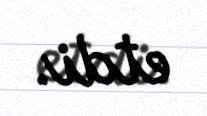
etdi.